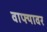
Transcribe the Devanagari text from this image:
वाफ्यावर